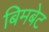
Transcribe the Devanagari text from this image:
बिमबेट